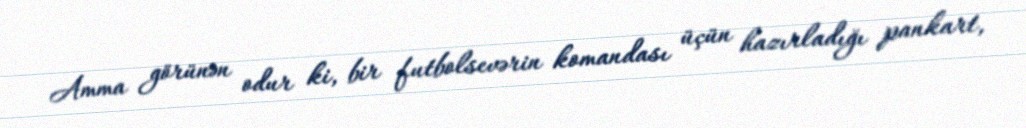
Amma görünən odur ki, bir futbolsevərin komandası üçün hazırladığı pankart,